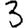
Digit: 3